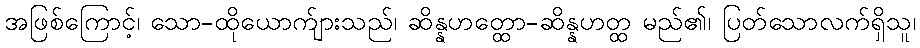
အဖြစ်ကြောင့်၊ သော-ထိုယောက်ျားသည်၊ ဆိန္နဟတ္ထော-ဆိန္နဟတ္ထ မည်၏၊ ပြတ်သောလက်ရှိသူ၊